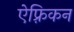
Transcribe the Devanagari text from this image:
ऐफ़्रिकन